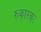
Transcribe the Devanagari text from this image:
रुकारकः